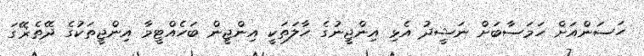
ހަސަންއަށް ހަމަސާބަށް ނަޝީދު އެޅި އިންޖީނުގެ ހާލަތަކީ އިންޖީން ބަހެއްޓީމާ އިންޖީތަކުގެ ދޭތެޜޭގަ